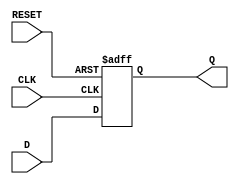
module d_ff (
    input D, CLK, RESET,
    output Q
);

reg Q;

always @(posedge CLK or posedge RESET)
begin
    if (RESET)
        Q <= 1'b0;
    else
        Q <= D;
end

endmodule